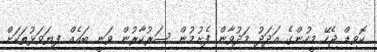
ކޮވިޑް ޖެހޭ މީހުންގެ އަދަދު މަދުވާން ފެށުމުން ސަރުކާރުން ވަނީ ބައެއް ފިޔަވަޅުތަކަށް